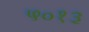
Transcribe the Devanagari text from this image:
५०१३